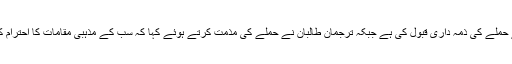
داعش نے حملے کی ذمہ داری قبول کی ہے جبکہ ترجمان طالبان نے حملے کی مذمت کرتے ہوئے کہا کہ سب کے مذہبی مقامات کا احترام کرتے ہیں۔